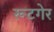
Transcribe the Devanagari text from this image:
रूटगेर